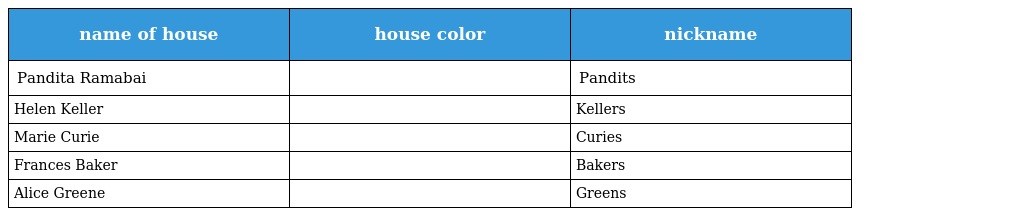
| name of house | house color | nickname |
 | --- | --- | --- |
 | Pandita Ramabai |  | Pandits |
 | Helen Keller |  | Kellers |
 | Marie Curie |  | Curies |
 | Frances Baker |  | Bakers |
 | Alice Greene |  | Greens |